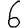
Digit: 6